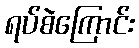
ရပ်စဲကြောင်း